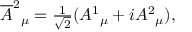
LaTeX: \overline { { { A } } } ^ { 2 } { } _ { \mu } = { \textstyle { \frac { 1 } { \sqrt { 2 } } } } ( A ^ { 1 } { } _ { \mu } + i A ^ { 2 } { } _ { \mu } ) ,